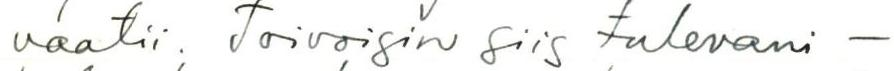
vaatii. Toivoisin siis tulevani -